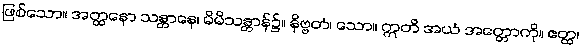
ဖြစ်သော။ အတ္ထနော သန္တာနေ၊ မိမိသန္တာန်၌။ နိဗ္ဗတံ၊ သော။ ဣတိ အယံ အတ္တောကို။ ဧတ္ထ၊